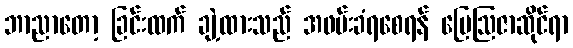
ဘာညာတော့ ခြင်းထက် ချဲ့ထားသည် အဖမ်းခံရစေရန် မြေဩဇာဆိုင်ရာ